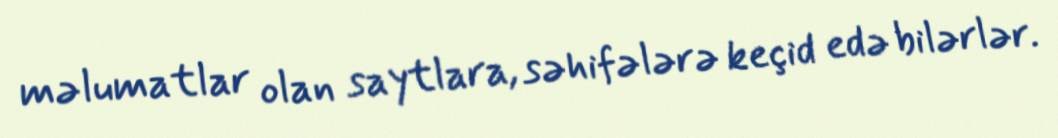
məlumatlar olan saytlara, səhifələrə keçid edə bilərlər.